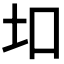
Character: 𫭙